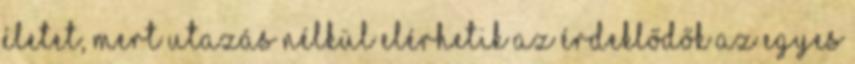
életet, mert utazás nélkül elérhetik az érdeklődők az egyes